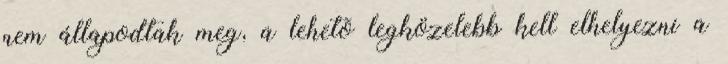
nem állapodtak meg, a lehetõ legközelebb kell elhelyezni a